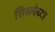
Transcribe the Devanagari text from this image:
सिस्लेच्या